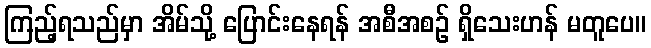
ကြည့်ရသည်မှာ အိမ်သို့ ပြောင်းနေရန် အစီအစဉ် ရှိသေးဟန် မတူပေ။